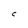
Character: C